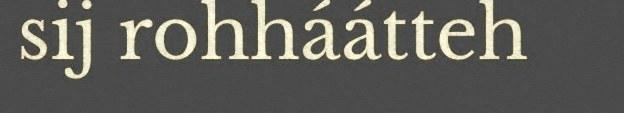
sij rohháátteh